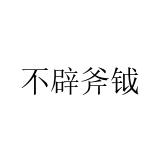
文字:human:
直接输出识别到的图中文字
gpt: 不辟斧钺